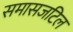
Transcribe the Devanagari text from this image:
समासजटिल